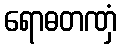
ရောဓတဏှံ